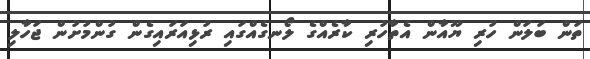
ތަން ބަލަން ހުރި ޔޫއާން އެތާހުރި ކާރެއްގެ ލޯނގެއްގައި ރުޅިއަރައިގެން ގުންމުށުން ޖަހާލި